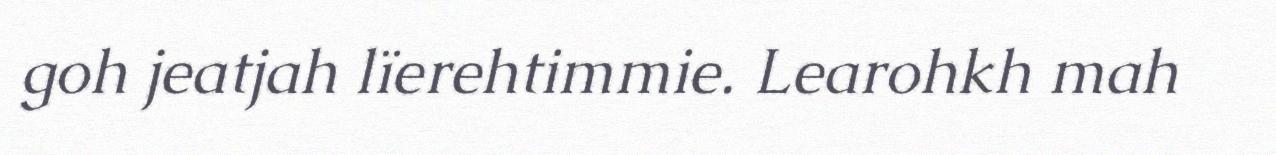
goh jeatjah lïerehtimmie. Learohkh mah